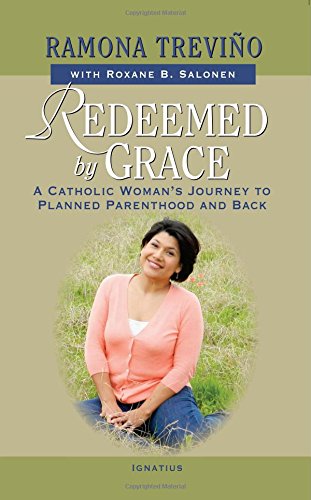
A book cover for Redeemed by Grace: A Catholic WomanEEs Journey to Planned Parenthood and Back; Ramona TreviÃ±o; Politics & Social Sciences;